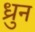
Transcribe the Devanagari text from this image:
ध्रुन